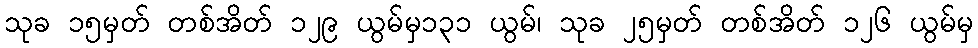
သုခ ၁၅မှတ် တစ်အိတ် ၁၂၉ ယွမ်မှ၁၃၁ ယွမ်၊ သုခ ၂၅မှတ် တစ်အိတ် ၁၂၆ ယွမ်မှ